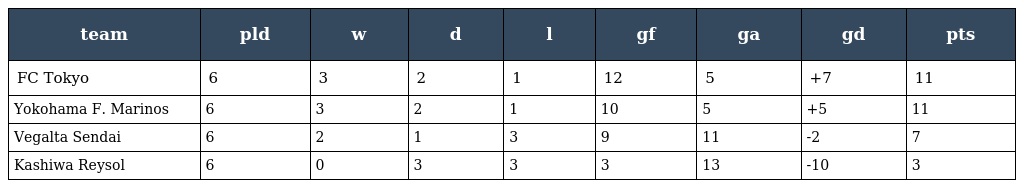
| team | pld | w | d | l | gf | ga | gd | pts |
 | --- | --- | --- | --- | --- | --- | --- | --- | --- |
 | FC Tokyo | 6 | 3 | 2 | 1 | 12 | 5 | +7 | 11 |
 | Yokohama F. Marinos | 6 | 3 | 2 | 1 | 10 | 5 | +5 | 11 |
 | Vegalta Sendai | 6 | 2 | 1 | 3 | 9 | 11 | -2 | 7 |
 | Kashiwa Reysol | 6 | 0 | 3 | 3 | 3 | 13 | -10 | 3 |